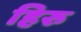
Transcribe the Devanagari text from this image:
हिरु